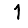
Digit: 1